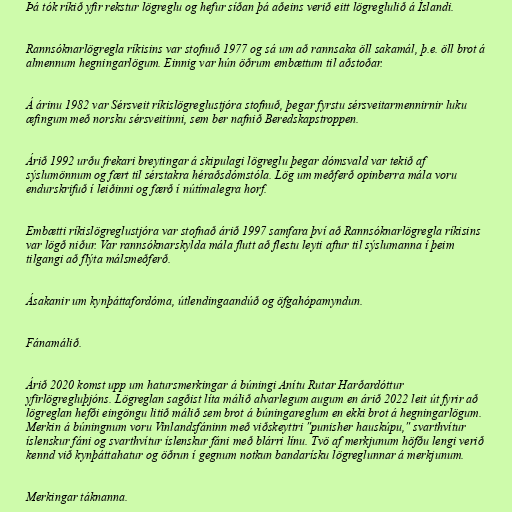
Þá tók ríkið yfir rekstur lögreglu og hefur síðan þá aðeins verið eitt lögreglulið á Íslandi.

Rannsóknarlögregla ríkisins var stofnuð 1977 og sá um að rannsaka öll sakamál, þ.e. öll brot á
almennum hegningarlögum. Einnig var hún öðrum embættum til aðstoðar.

Á árinu 1982 var Sérsveit ríkislögreglustjóra stofnuð, þegar fyrstu sérsveitarmennirnir luku
æfingum með norsku sérsveitinni, sem ber nafnið Beredskapstroppen.

Árið 1992 urðu frekari breytingar á skipulagi lögreglu þegar dómsvald var tekið af
sýslumönnum og fært til sérstakra héraðsdómstóla. Lög um meðferð opinberra mála voru
endurskrifuð í leiðinni og færð í nútímalegra horf.

Embætti ríkislögreglustjóra var stofnað árið 1997 samfara því að Rannsóknarlögregla ríkisins
var lögð niður. Var rannsóknarskylda mála flutt að flestu leyti aftur til sýslumanna í þeim
tilgangi að flýta málsmeðferð.

Ásakanir um kynþáttafordóma, útlendingaandúð og öfgahópamyndun.

Fánamálið.

Árið 2020 komst upp um hatursmerkingar á búningi Anítu Rutar Harðardóttur
yfirlögregluþjóns. Lögreglan sagðist líta málið alvarlegum augum en árið 2022 leit út fyrir að
lögreglan hefði eingöngu litið málið sem brot á búningareglum en ekki brot á hegningarlögum.
Merkin á búningnum voru Vinlandsfáninn með viðskeyttri "punisher hauskúpu," svarthvítur
íslenskur fáni og svarthvítur íslenskur fáni með blárri línu. Tvö af merkjunum höfðu lengi verið
kennd við kynþáttahatur og öðrun í gegnum notkun bandarísku lögreglunnar á merkjunum.

Merkingar táknanna.